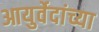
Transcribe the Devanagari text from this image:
आयुर्वेदांच्या